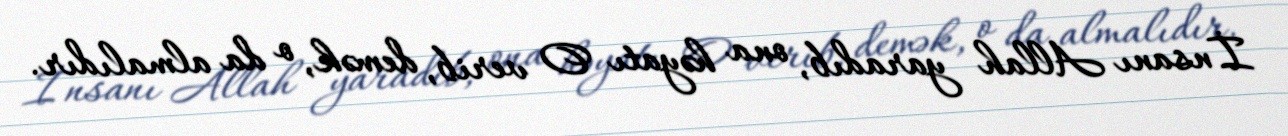
İnsanı Allah yaradıb, ona həyatı O verib, demək, o da almalıdır.